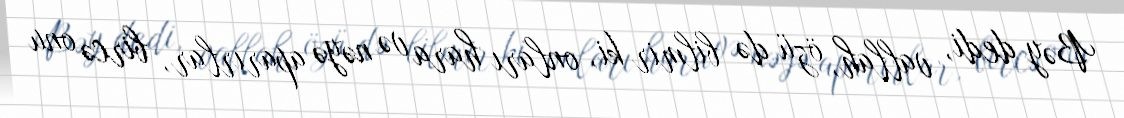
Bəy dedi, vallah, özü də bilmir ki, onları hara və nəyə aparırlar, bircə onu